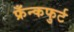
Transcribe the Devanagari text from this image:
फ्रँन्कफुर्ट